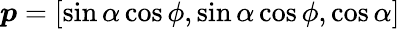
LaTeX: \boldsymbol{p}=[\sin\alpha\cos\phi,\sin\alpha\cos\phi,\cos\alpha]